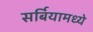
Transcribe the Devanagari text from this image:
सर्बियामध्ये